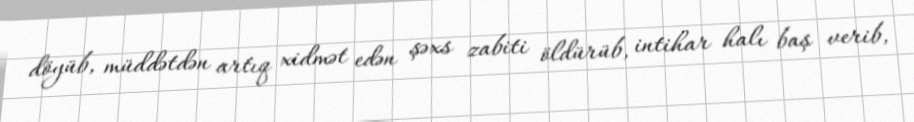
döyüb, müddətdən artıq xidmət edən şəxs zabiti öldürüb, intihar halı baş verib,